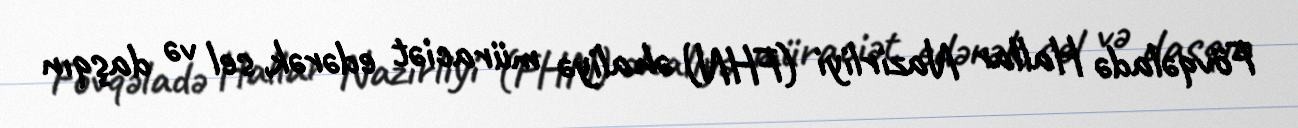
Fövqəladə Hallar Nazirliyi (FHN) əhaliyə müraciət edərək, sel və daşqın